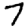
Digit: 7